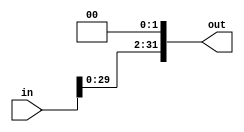
`timescale 1ns / 1ps
//////////////////////////////////////////////////////////////////////////////////
// Company: 
// Engineer: 
// 
// Design Name: 
// Module Name: left_shift2
// Project Name: 
// Target Devices: 
// Tool Versions: 
// Description: 
// 
// Dependencies: 
// 
// Revision:
// Revision 0.01 - File Created
// Additional Comments:
// 
//////////////////////////////////////////////////////////////////////////////////


module left_shift2(
input wire [31:0] in,
output wire [31:0] out
    );
    
    assign out = {in[29:0], 2'b00};
endmodule